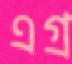
এগ্র